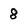
Character: 8